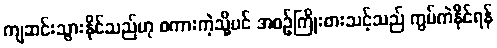
ကျဆင်းသွားနိုင်သည်ဟု စကားကဲ့သို့ပင် အစဉ်ကြိုးစားသင့်သည် ကွပ်ကဲနိုင်ရန်